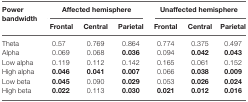
| <ROWSPAN=2> Power bandwidth | <COLSPAN=3> Affected hemisphere | <COLSPAN=3> Unaffected hemisphere |
 | Frontal | Central | Parietal | Frontal | Central | Parietal |
 | --- | --- | --- | --- | --- | --- | --- |
 | Theta | 0.57 | 0.769 | 0.864 | 0.774 | 0.375 | 0.497 |
 | Alpha | 0.069 | 0.068 | 0.036 | 0.094 | 0.042 | 0.043 |
 | Low alpha | 0.119 | 0.112 | 0.142 | 0.165 | 0.061 | 0.152 |
 | High alpha | 0.046 | 0.041 | 0.007 | 0.066 | 0.038 | 0.009 |
 | Low beta | 0.045 | 0.090 | 0.029 | 0.053 | 0.026 | 0.024 |
 | High beta | 0.022 | 0.113 | 0.030 | 0.021 | 0.012 | 0.016 |